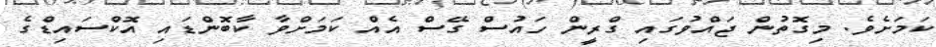
ކަމަށެވެ. މިގޮތުން ޖައްވުގައި ގްރީން ހައުސް ގޭސް އެއް ކަމަށްވާ ކާބޮންޑައި އޮކްސައިޑްގެ